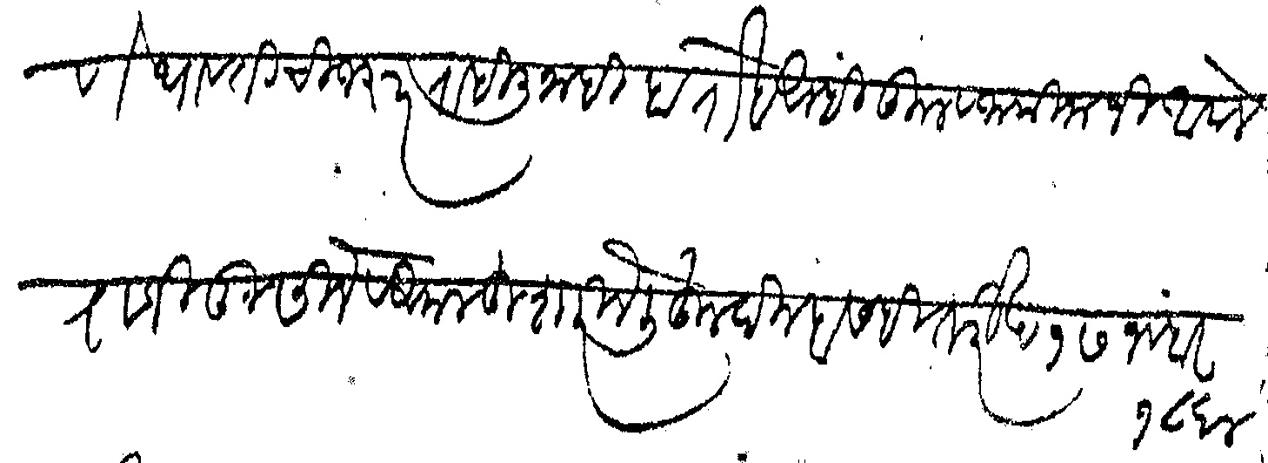
Transliteration (Devanagari): भरणे पावतीची जरूर राहिली नाही हा रोखा आम्ही कुल व जामिनानी आपले राजीखुसीने व अकलहुशारीने लिहून दिल्हा सही तारीख १७ नवंबर १८६४